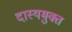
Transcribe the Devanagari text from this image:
दास्यमुक्त